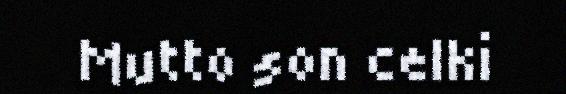
Mutto son celki